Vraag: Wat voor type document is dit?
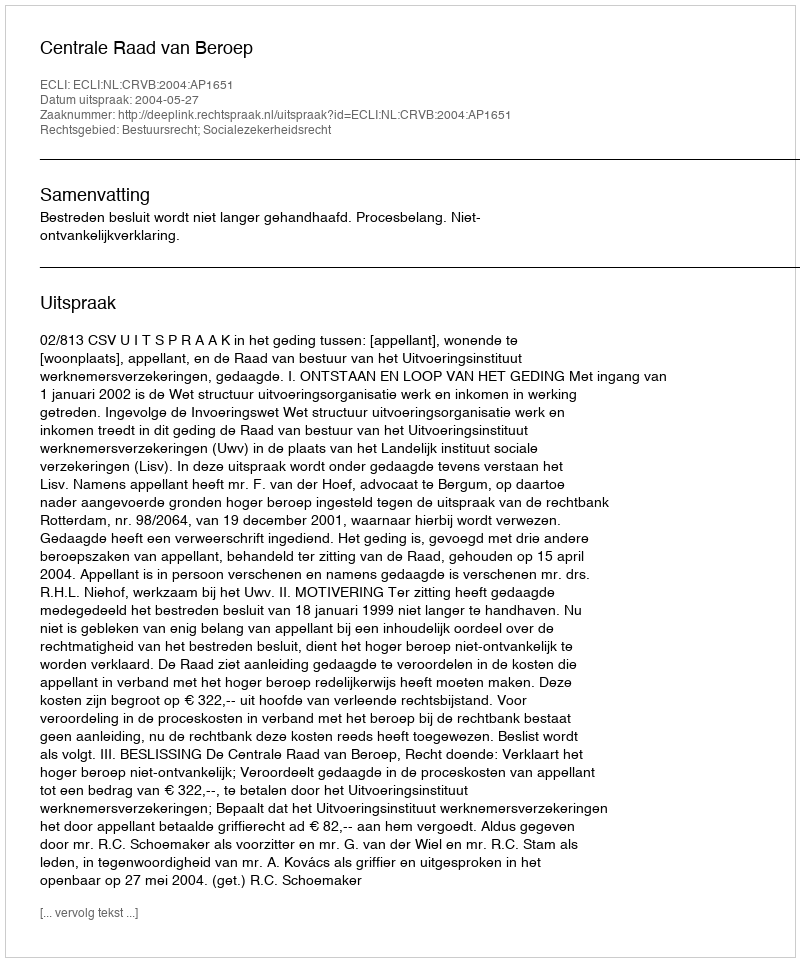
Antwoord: Uitspraak